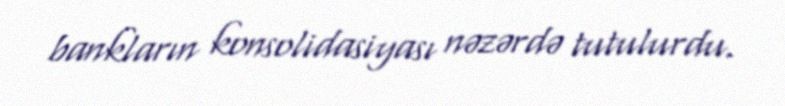
bankların konsolidasiyası nəzərdə tutulurdu.